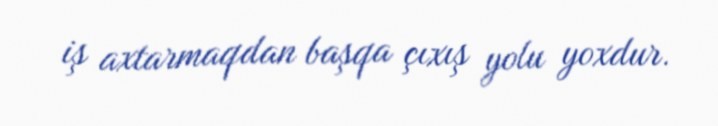
iş axtarmaqdan başqa çıxış yolu yoxdur.